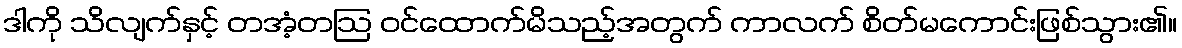
ဒါကို သိလျက်နှင့် တအံ့တဩ ဝင်ထောက်မိသည့်အတွက် ကာလက် စိတ်မကောင်းဖြစ်သွား၏။